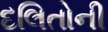
દલિતોની